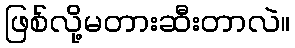
ဖြစ်လို့မတားဆီးတာလဲ။